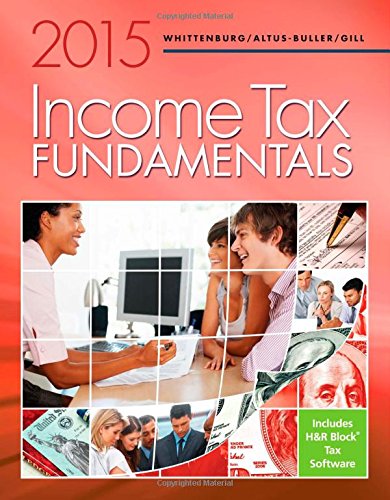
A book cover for Income Tax Fundamentals 2015 (with H&R Block Premium & Business Software CD-ROM); Gerald E. Whittenburg; Business & Money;